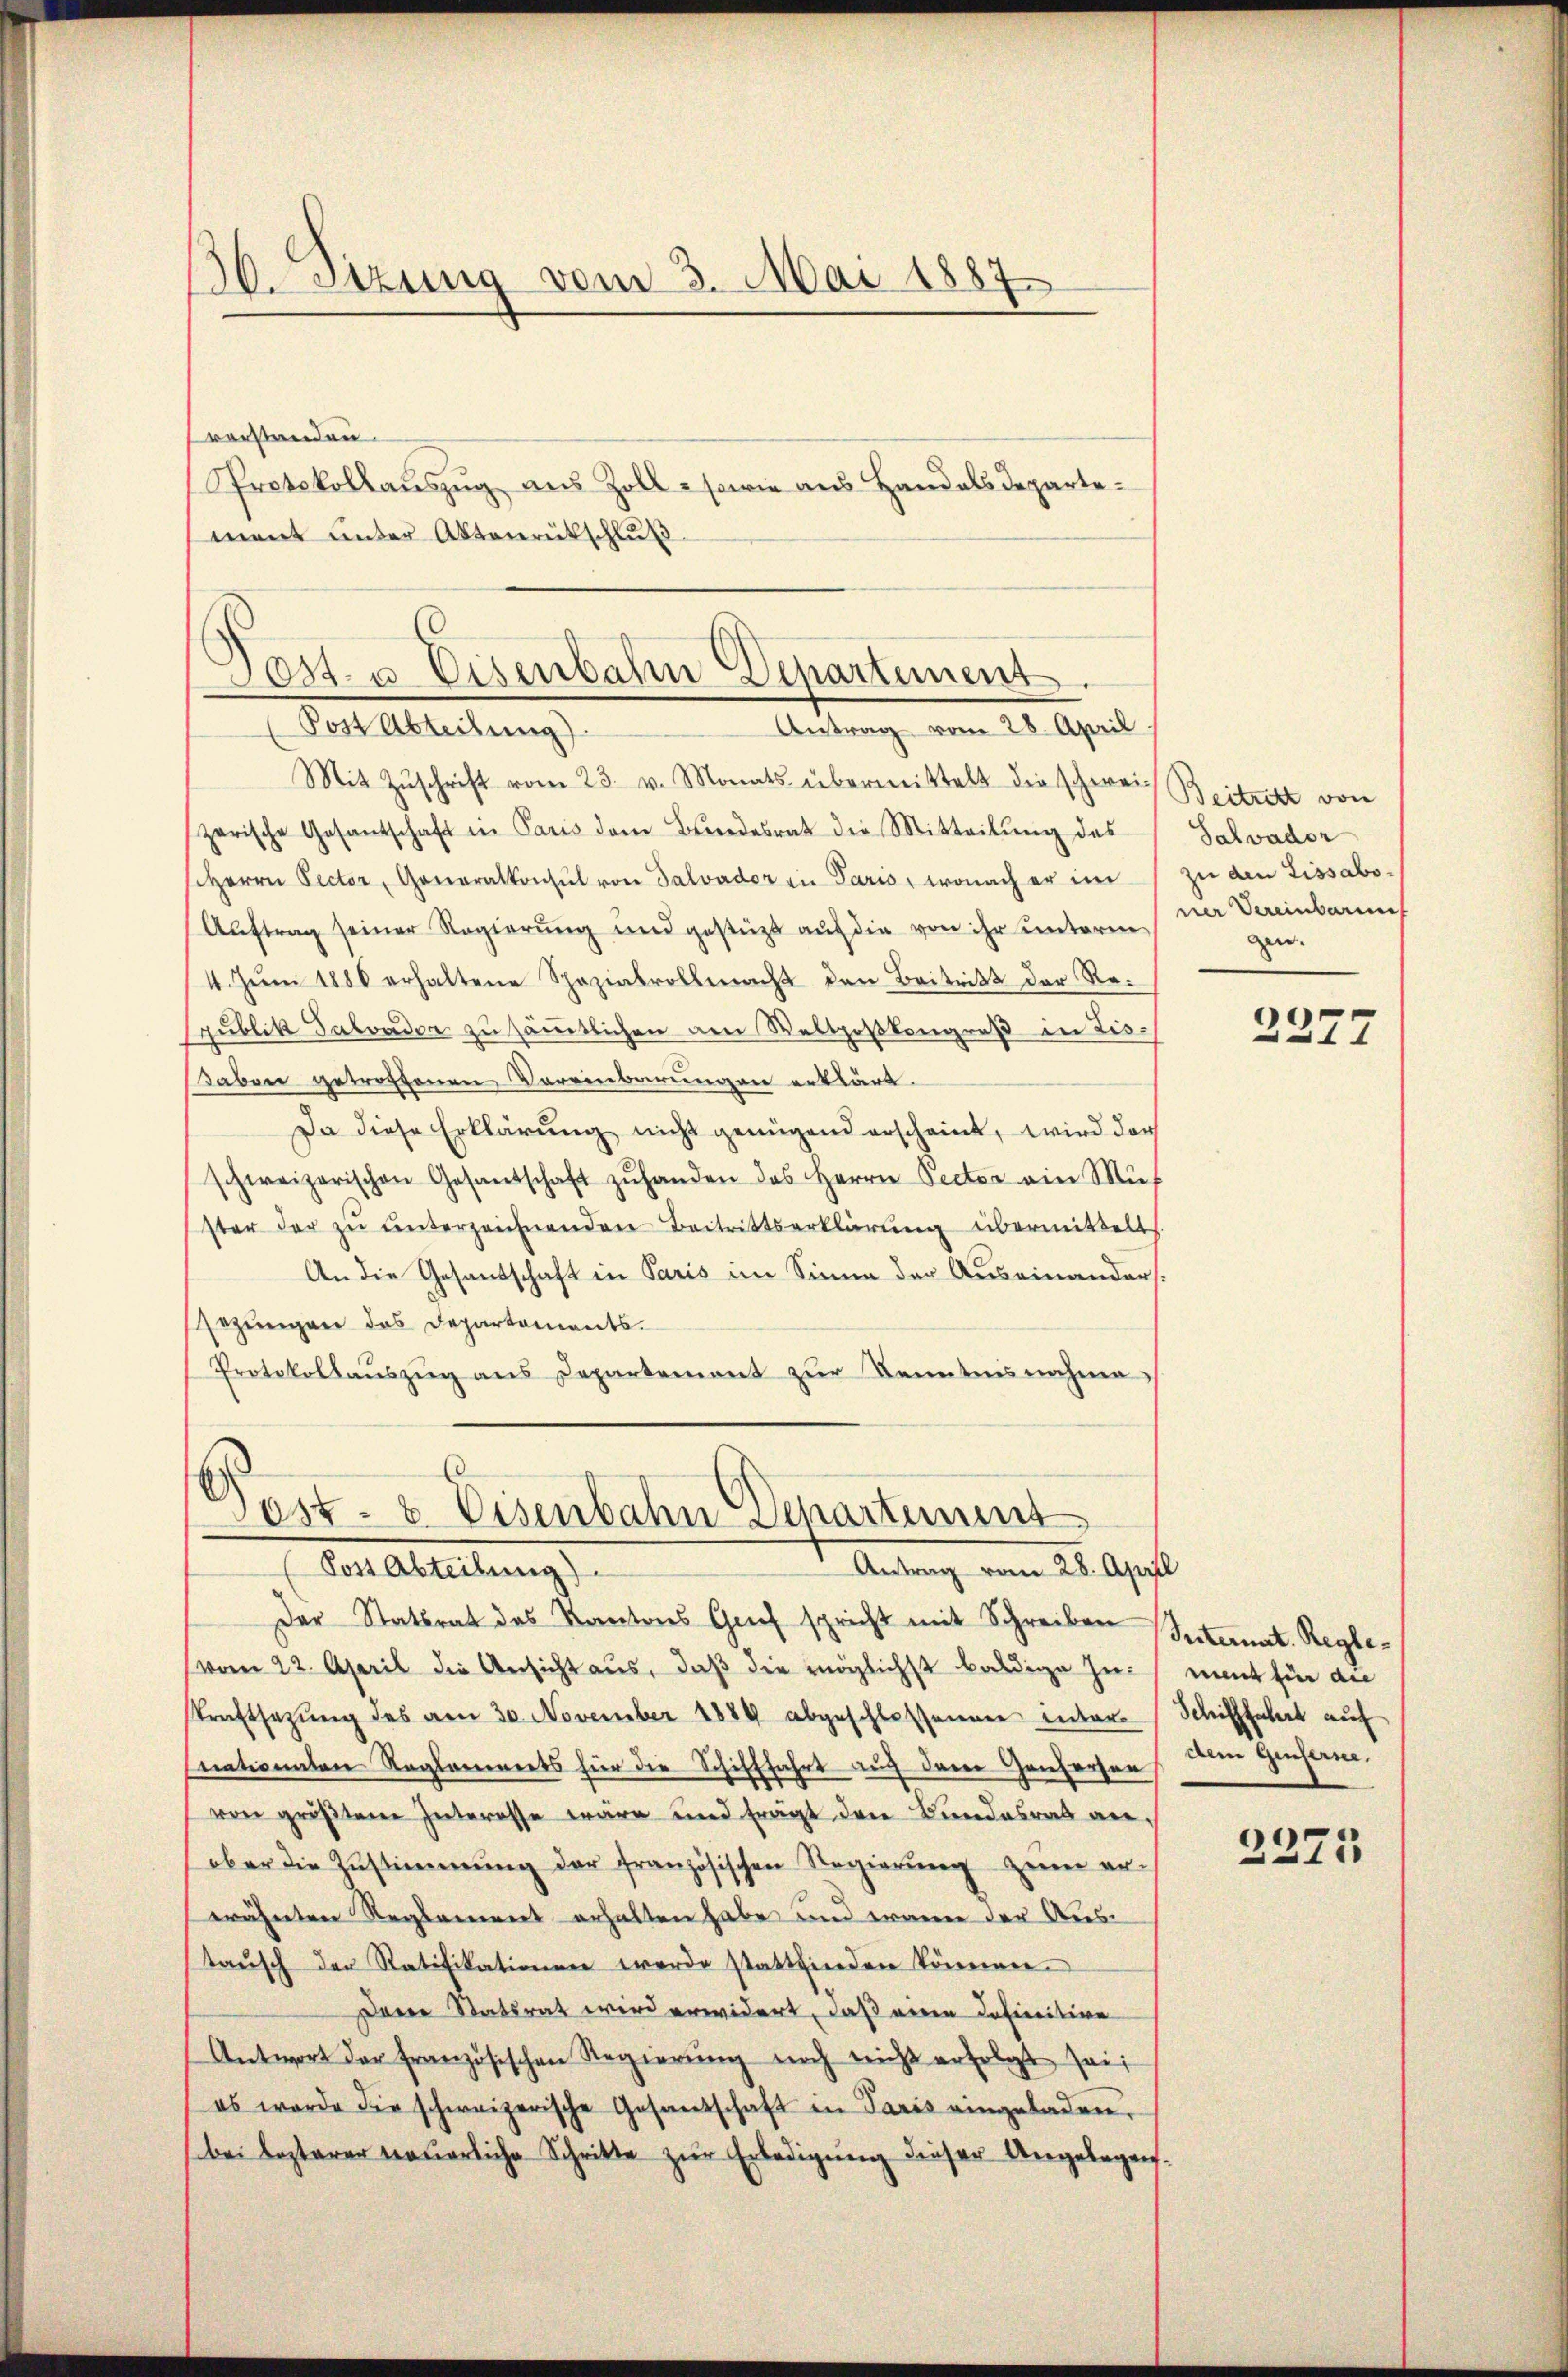
30. Sitzung vom 3. Mai 1887

verstanden.
Sprotokollauszug aus Zoll - sowie aus Handals Departement unter Aktenrütschluß

Post- u. Eisenbahn Departement.
Antrag vom 28. April
Post Abteilung).

Dost- & Eisenbahn Departemes
Antrag vom 28. April
(Post Abteilung)

Mit Zŭschrift vom 23. v. Monats übermittelt die schweiz Beitritt von
zerische Gesandschaft in Paris dem Bŭndesrat die Mitteilŭng des
Herrn Pector, Generalkonsul von Salvador an Paris, wonach er im
Auftrag seiner Regierung und gestützt auf die von ihr unterm
1. Jŭni 1880 erhaltene Spezialvollmacht den Beitritt der Rezŭblik Salvader zu sämmtlichen am Weltpoßkongreß in Zis-
haben getrottenen Vereinbarungen erklärt.
Da diese Erklärung nicht genügend erscheint, wird doch
schweizerischen Gesandschaft zŭ handen das Herrn Pector ein Mŭs
ster der zŭ ŭnterzeichnenden Beitrittserklärŭng übermittelt.
An die Gesandschaft in Paris im Sinne der Auseinanders.
sezungen des Departements-
Protokollaŭszŭg ans Departement zŭr Kenntnisnahme

Der Stattrat des Kantons Grief spricht mit Schreiben Internat. Regle¬
(vom 22. April die Ansicht aus, daß die möglichst baldige heiment für die
Straftsetzung des am 30. November 1889 abgeschlossenen inter
nationalen Reglements für die Schifffahrt auch dem Genferen
von größten Interesse wäre und frägt den Bundesrat anober die Zŭstimmung der französischen Regierŭng zum erwähnten Reglement erhalten habe und wann der Aus-
taŭsch der Ratifikationen werde stattfinden können.
Deren Statsrat wird erwidert, daß einen Definitive
Antwort der französischen Regierŭng noch nicht erfolgt sei
es wurde die schweizerische Gesandschaft in Paris eingeladen,
bei Lezterer neuerliche Schritte zur Erledigung dieser Angelegen.

Salvador
zu den Lissaboner Vereinbarun
gen.

2277

Schifffahrt auf
dem Genferne.

2275